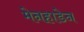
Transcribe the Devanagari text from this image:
मेनहाडेन